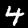
Digit: 4